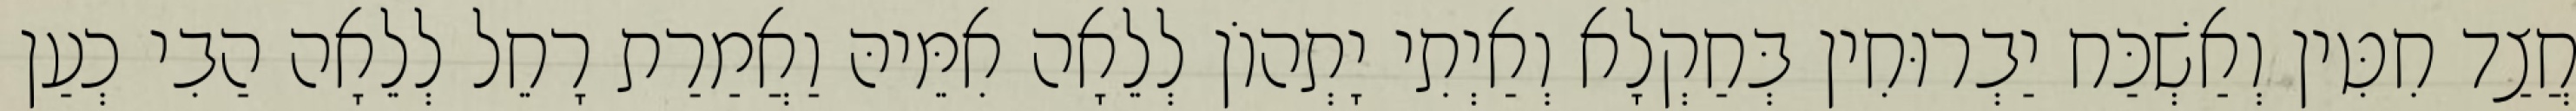
חֲצַד חִטִּין וְאַשְׁכַּח יַבְרוּחִין בְּחַקְלָא וְאַיְתִי יָתְהוֹן לְלֵאָה אִמֵּיהּ וַאֲמַרַת רָחֵל לְלֵאָה הַבִי כְעַן